Document type: Emphyteutic lease
Year: 1333
Scribe: Berenguer Simó
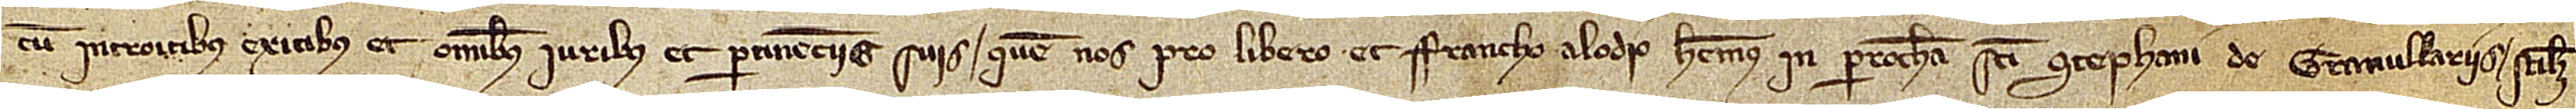
cum introitibus, exitibus et omnibus iuribus et pertinenciis suis, quem nos pro libero et francho alodio habemus in parrochia Sancti Stephani de Granullariis, scilicet,